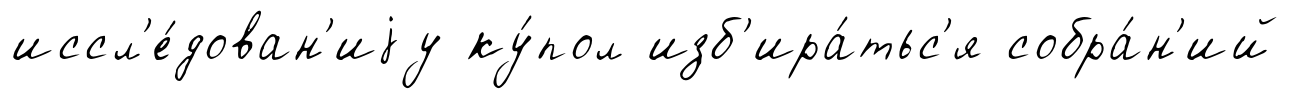
иссл'е́дован'иjу ку́пол изб'ира́тьс'я собра́н'ий